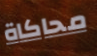
محاكاة